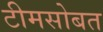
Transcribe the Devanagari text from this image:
टीमसोबत